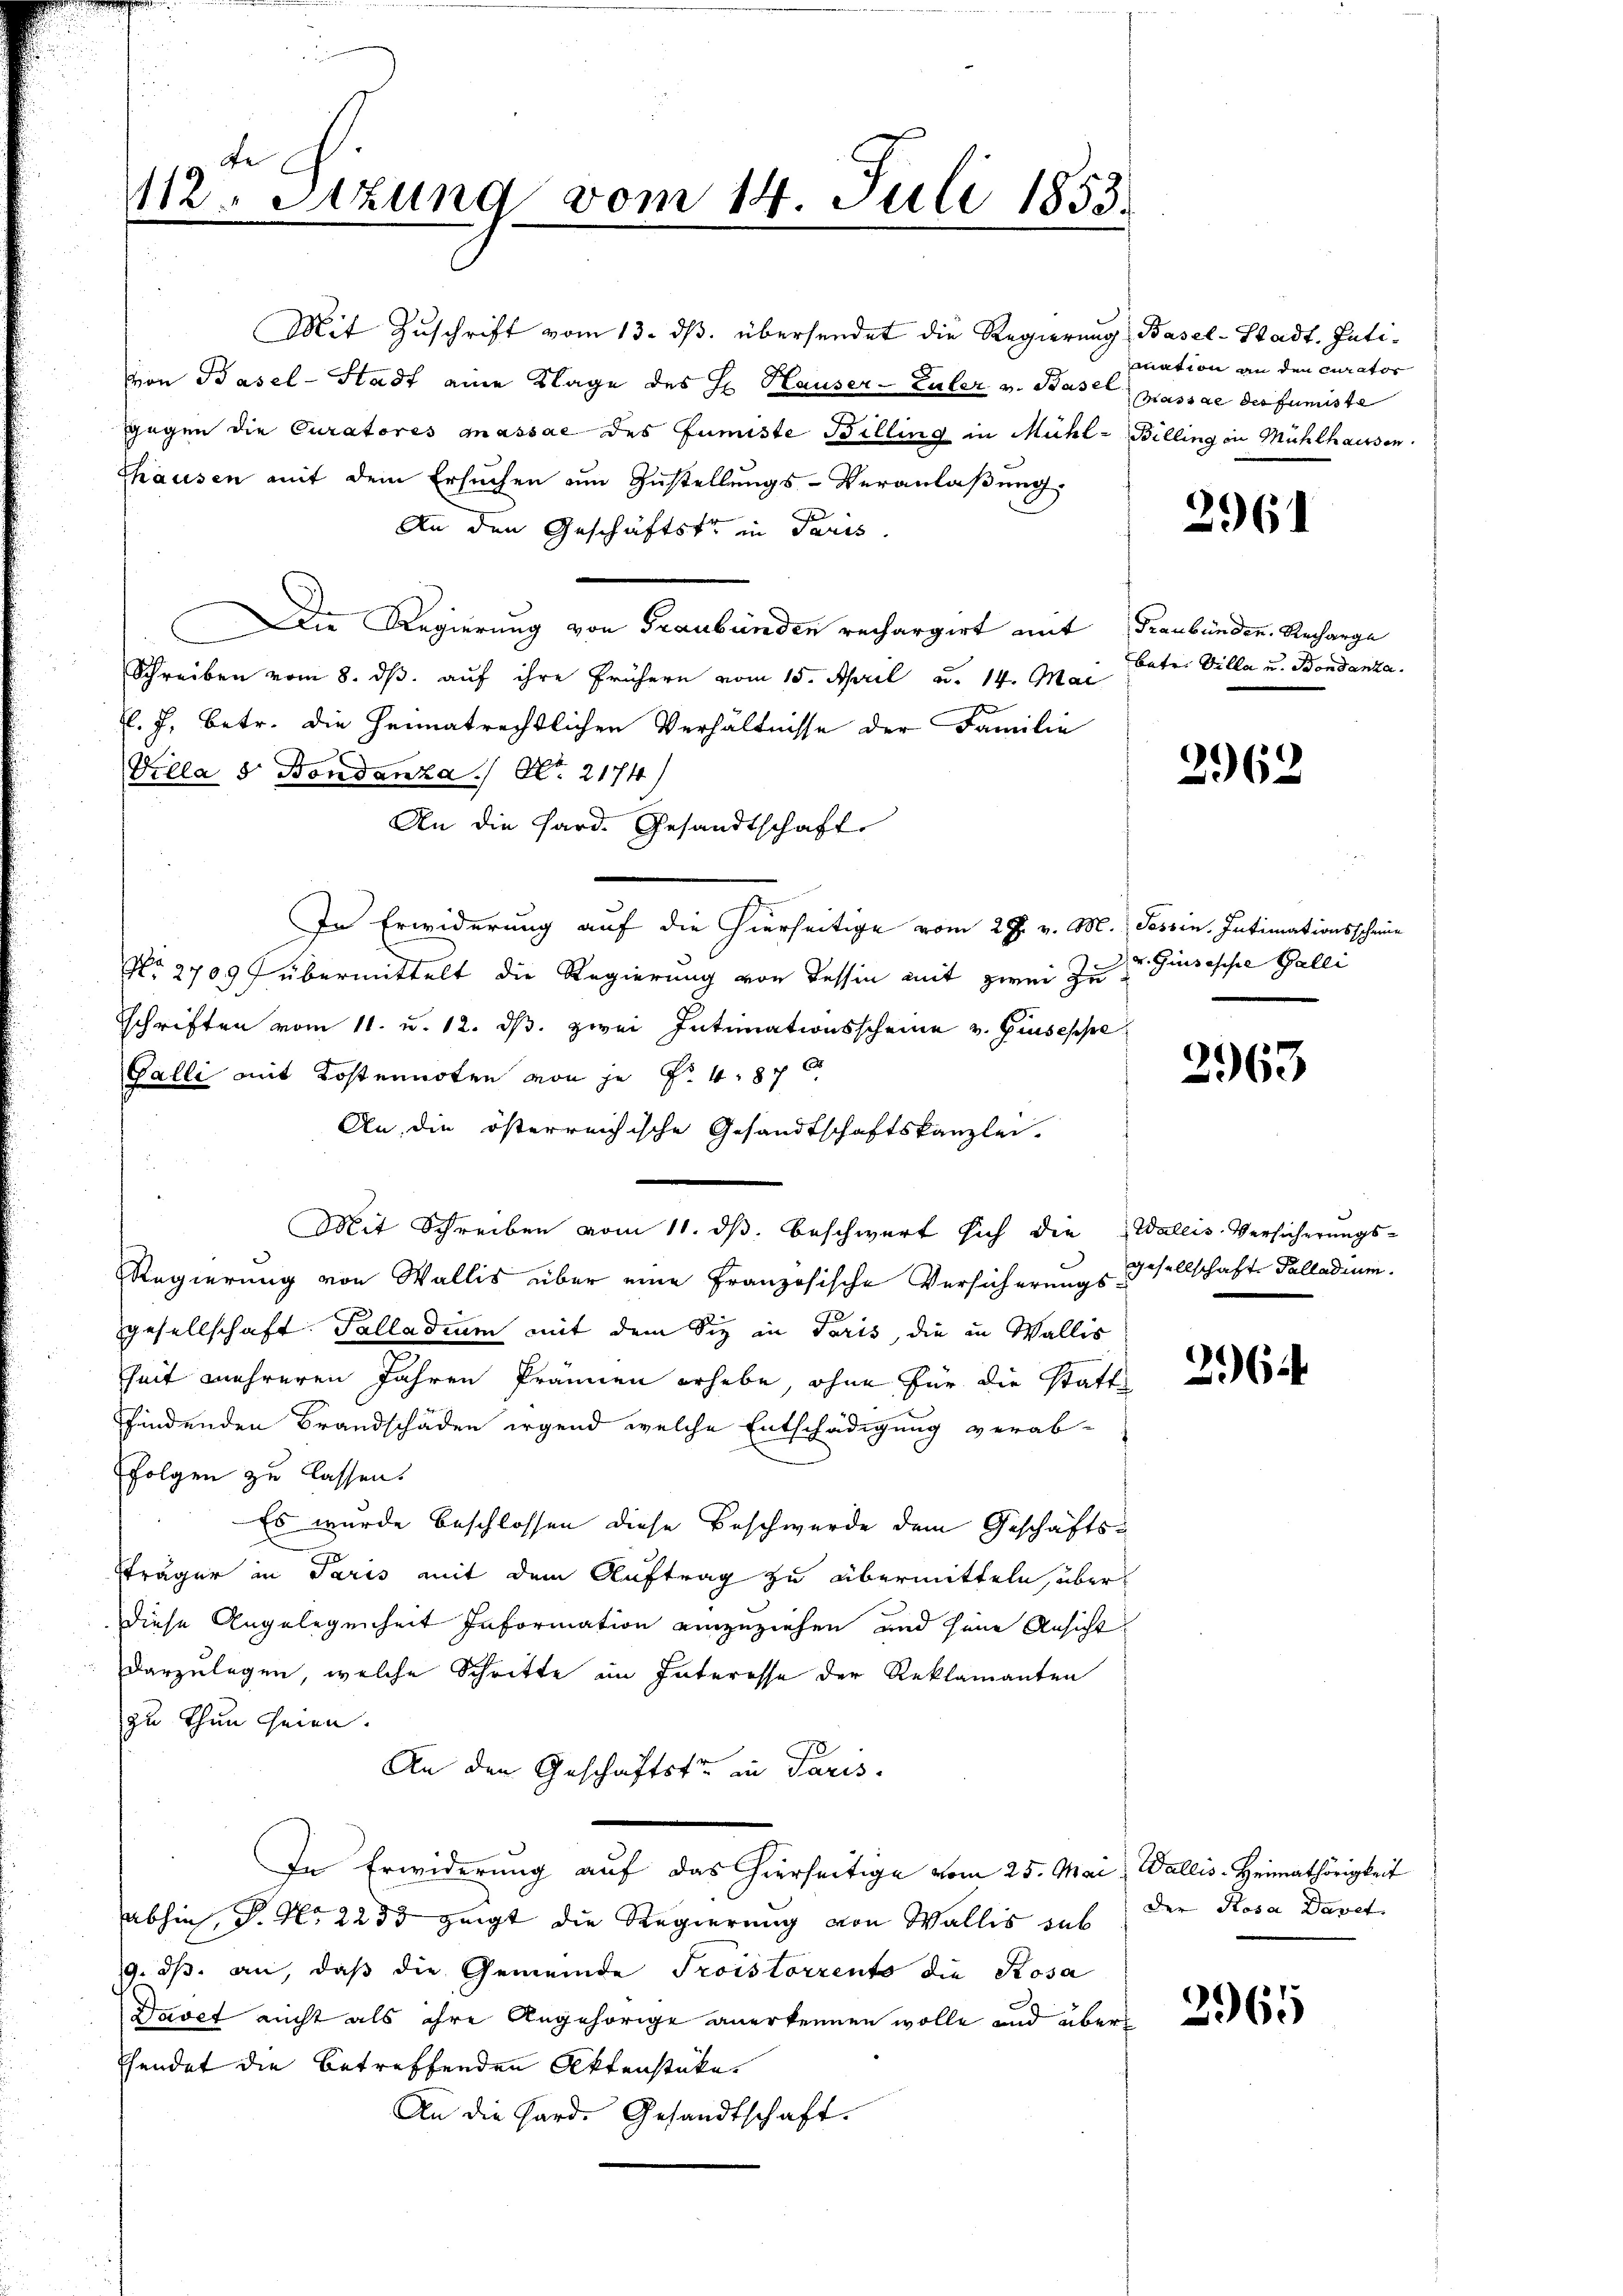
112. Sitzung vom 14. Juli 1853.

Mit Zŭschrift vom 13. dβ. übersendet die Regierung Basel-Stadt. Inti-
von Basel-Stadt eine Klage des H. Hauser-Luler v. Basel passae des fumiste
gegen die Curatores massae des Juniste Billing in Mühl- Billing in Mühlhaussen.
thausen mit dem Ersuchen um Zustellungs-Veranlaßung
e
An den Geschäftster in Paris.
e Regierung von Graubünden rechargirt mit Graubünden. Recharge
Schreiben vom 8. ds. auf ihre frühern vom 15. April a. 14. Mai
l. J. betr. die Heimatrechtlichen Verhältnisse der Familie
Villa 8 Bondanza No. 2174)
An die Pard. Gesandtschaft.
In Erwiderung auf die hierseitige vom 28. v. M. Tessin. Intimationsschwie
No 2709 übermittelt die Regierung von Tessin mit zwei zu
schriften vom 11. u. 12. ds. zwei Intimationsscheine v. Giuseppe
Galli mit Kostennoten von je f. 487
An, die österreichische Gesandtschaftskanzlei.
u
Mit Schreiben vom 11. ds. beschwert sich die Wallis Versicherungs-
Regierung von Wallis über eine Französische Versicherungs-Gesellschaft Palladium.
gesellschaft. Palladium mit dem Sie in Paris, die in Wallis
Zeit mehreren Jahren Pränen erhebe, ohne für die statt
findenden Brandschäden irgend welche Entschädigung verab-
Folgen zu lassen.
Es wurde beschlossen diese Beschwerde dem Geschäftsträger in Paris mit dem Auftrag zu übermitteln, über
Diese Angelegenheit Information einzuziehen und seine Ansicht
darzulegen, welche Schritte im Interesse der Reklamanten
zu thun seien.
An den Geschäftster in Paris.
In Erwiderung auf das hierseitige vom 25. Mai, Wallis. Heimathörigkeit
abhin, P. No 2233 zeigt die Regierung von Wallis aus der Rosa Davet
19. ds. an, daß die Gemeinde Troistorrents die Posa
Davet nicht als ihre Angehörige anerkennen wolle und über
hendet die betreffenden Aktenstüke
An die Hard. Gesandtschaft.

mation an den curator

2961

Bate. Villa u. Bondanza.

2962

v. Giuseppe Galli

2963

296.

2965